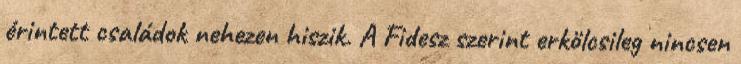
érintett családok nehezen hiszik. A Fidesz szerint erkölcsileg nincsen